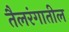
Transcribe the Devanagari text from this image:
तैलरंगातील